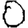
Digit: 0